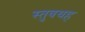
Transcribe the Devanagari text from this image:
स्तुवथह